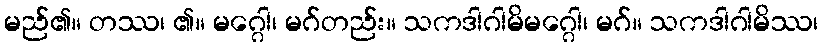
မည်၏။ တဿ၊ ၏။ မဂ္ဂေါ၊ မဂ်တည်း။ သကဒါဂါမိမဂ္ဂေါ၊ မဂ်။ သကဒါဂါမိဿ၊